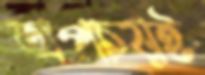
অপচয়ই